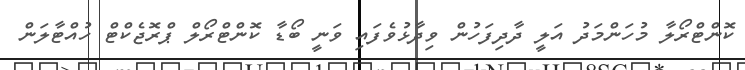
ކޮންޓްރޯލާ މުހަންމަދު އަލީ ދާދިފަހުން ވިދާޅުވެފައި ވަނީ ބޯޑާ ކޮންޓްރޯލް ޕްރޮޖެކްޓް ހުއްޓާލަން